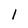
Character: I